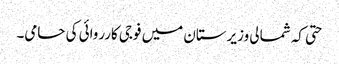
حتی کہ شمالی وزیرستان میں فوجی کارروائی کی حامی۔